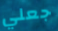
جعلي